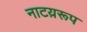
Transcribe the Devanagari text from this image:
नाटय़रूप